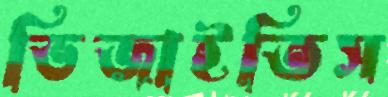
ভিজাইতিস